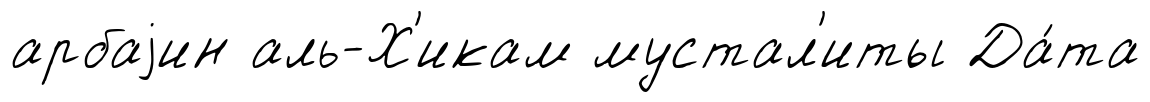
арбаjин аль-Х'икам мустал'иты Да́та